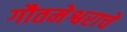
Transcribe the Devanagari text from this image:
गौतमेश्वराचे